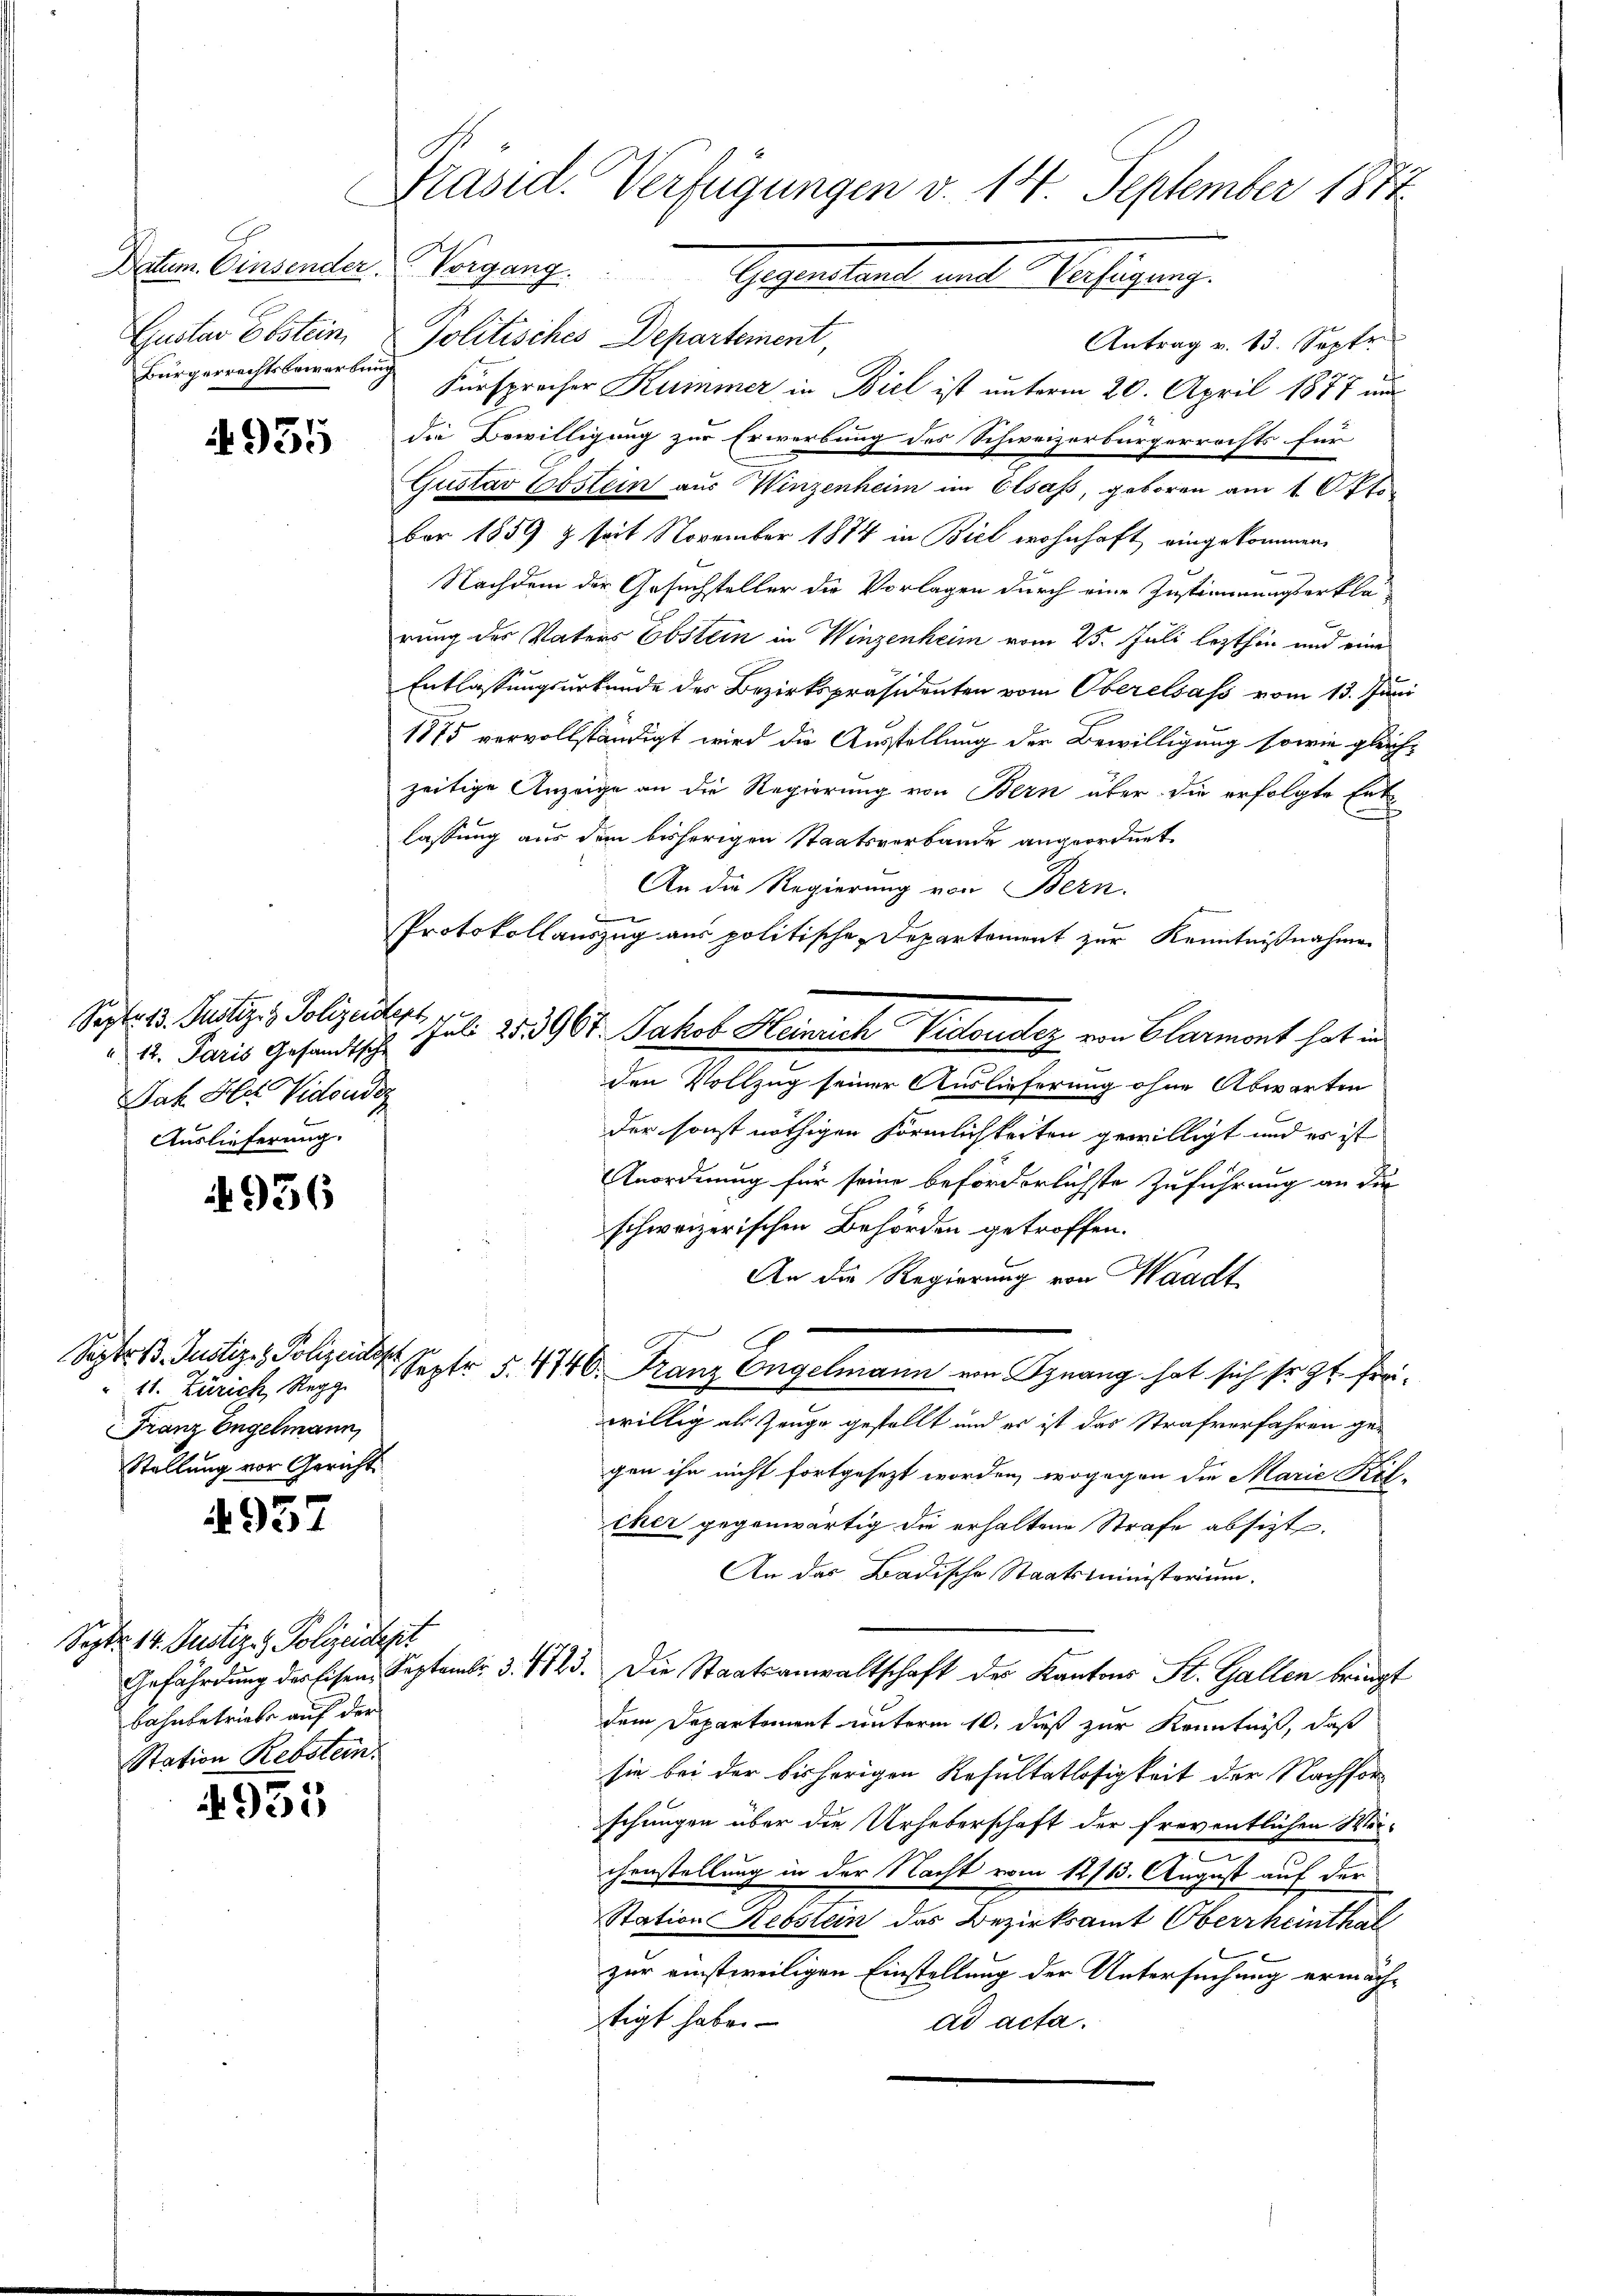
E
Gustav Ebstein
Bürgerrechtsbewerbung

4955

Sept. 13. Justiz & Polizeidert
Jah. Hat Vidonder
Auslieferung.

936

Sept. 13. Justiz- & Polizeidier
Franz Engelmann,
Stellung vor Gericht.

4957

Sept. 14. Justiz- & Polizeidest
bahnbetriebe auf der
Station Rebstein.

4931

Präsid. Verfügungen v. 14. September 1811.
Peten Einsentar Vorgang. Gegenstant, mit Verfügung.

Politisches Departement,
Antrag v. 13. Septe
Fürsprecher Kummer in Biel ist unterm 20. April 1877 und
die Bewilligung zur Erwerbung des Schweizerbürgerrechts für
Gustav Ebstein aus Winzenheim im Elsass, geboren am 1. Oktober 1859 & seit November 1874 in Biel wohnhaft eingekommen,
Nachdem der Gesuchsteller die Vorlagen durch eine Zustimmungserklärung des Vaters Ebstein in Winzenheim vom 25. Juli lezthin und eine
Entlassungsurkunde des Bezirkspräsidenten vom Oberelsass vom 13. Juni
1875 vervollständigt wird die Ausstellung der Bewilligung sowie gleichzeitige Anzeige an die Regierung von Bern über die erfolgte Entlassung aus dem bisherigen Staatsverbande angeordnet.
An die Regierung von Bern.
Protokollauszug aus politische Departement zur Kenntnißnahmen
den Vollzug seiner Auslieferung ohne Abwarten
der sonst nöthigen Förmlichkeiten gewilligt und es ist
Anordnung für seine beförderlichste Zuführung an die
schweizerischen Behörden getroffen.
An die Regierung von Waadt
11. Zürich, Reg. Septr 5. 440. Franz Engelmann von Kynang hat sich sr. Zt. Freiwillig als Zeuge gestellt und es ist das Strafverfahren ge-
gen ihn nicht fortgesezt worden, wogegen die Marie Stif-
cher gegenwärtig die erhaltene Strafe absizt.
An das Badische Staatsministerium
Gefährdung der Eisen. Septembr. d. 1723. Die Staatsanwaltschaft des Kantons St. Gallen bringt
dem Departement unterm 10. dieß zur Kenntniß, daß
sie bei der bisherigen Resultatlosigkeit der Nachforschungen über die Urheberschaft der freventlichen Weie
chenstellung in der Nacht vom 12/13. August auf der
Station Rebstein des Bezirksamt Oberrheinthal

zur einstweiligen Einstellung der Untersuchung ermäch-
tigt habe.
ad acta.

A. Paris Gesandtsch. Juli 253967. Jakob Heinrich Vidoudez von Clarmont hat in